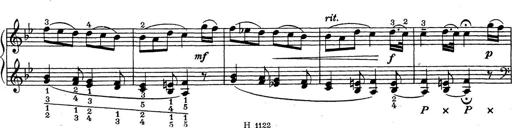
Title: ÄŒeskÃ© Sonatiny
Composer: Various